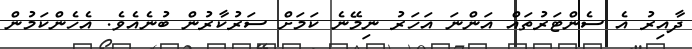
ދާއިރު އެ ސެންޓަރުތައް އަންނަ އަހަރު ނިމޭނެ ކަމަށް ސަރުކާރުން ބުނެއެވެ. އެހެންކަމުން